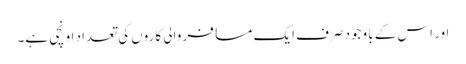
اور اس کے باوجود صرف ایک مسافر والی کاروں کی تعداد اونچی ہے۔